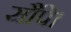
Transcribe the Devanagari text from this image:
सौंपे।